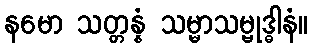
နမော သတ္တန္နံ သမ္မာသမ္ဗုဒ္ဓါနံ။